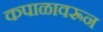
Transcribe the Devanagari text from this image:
कपाळावरून